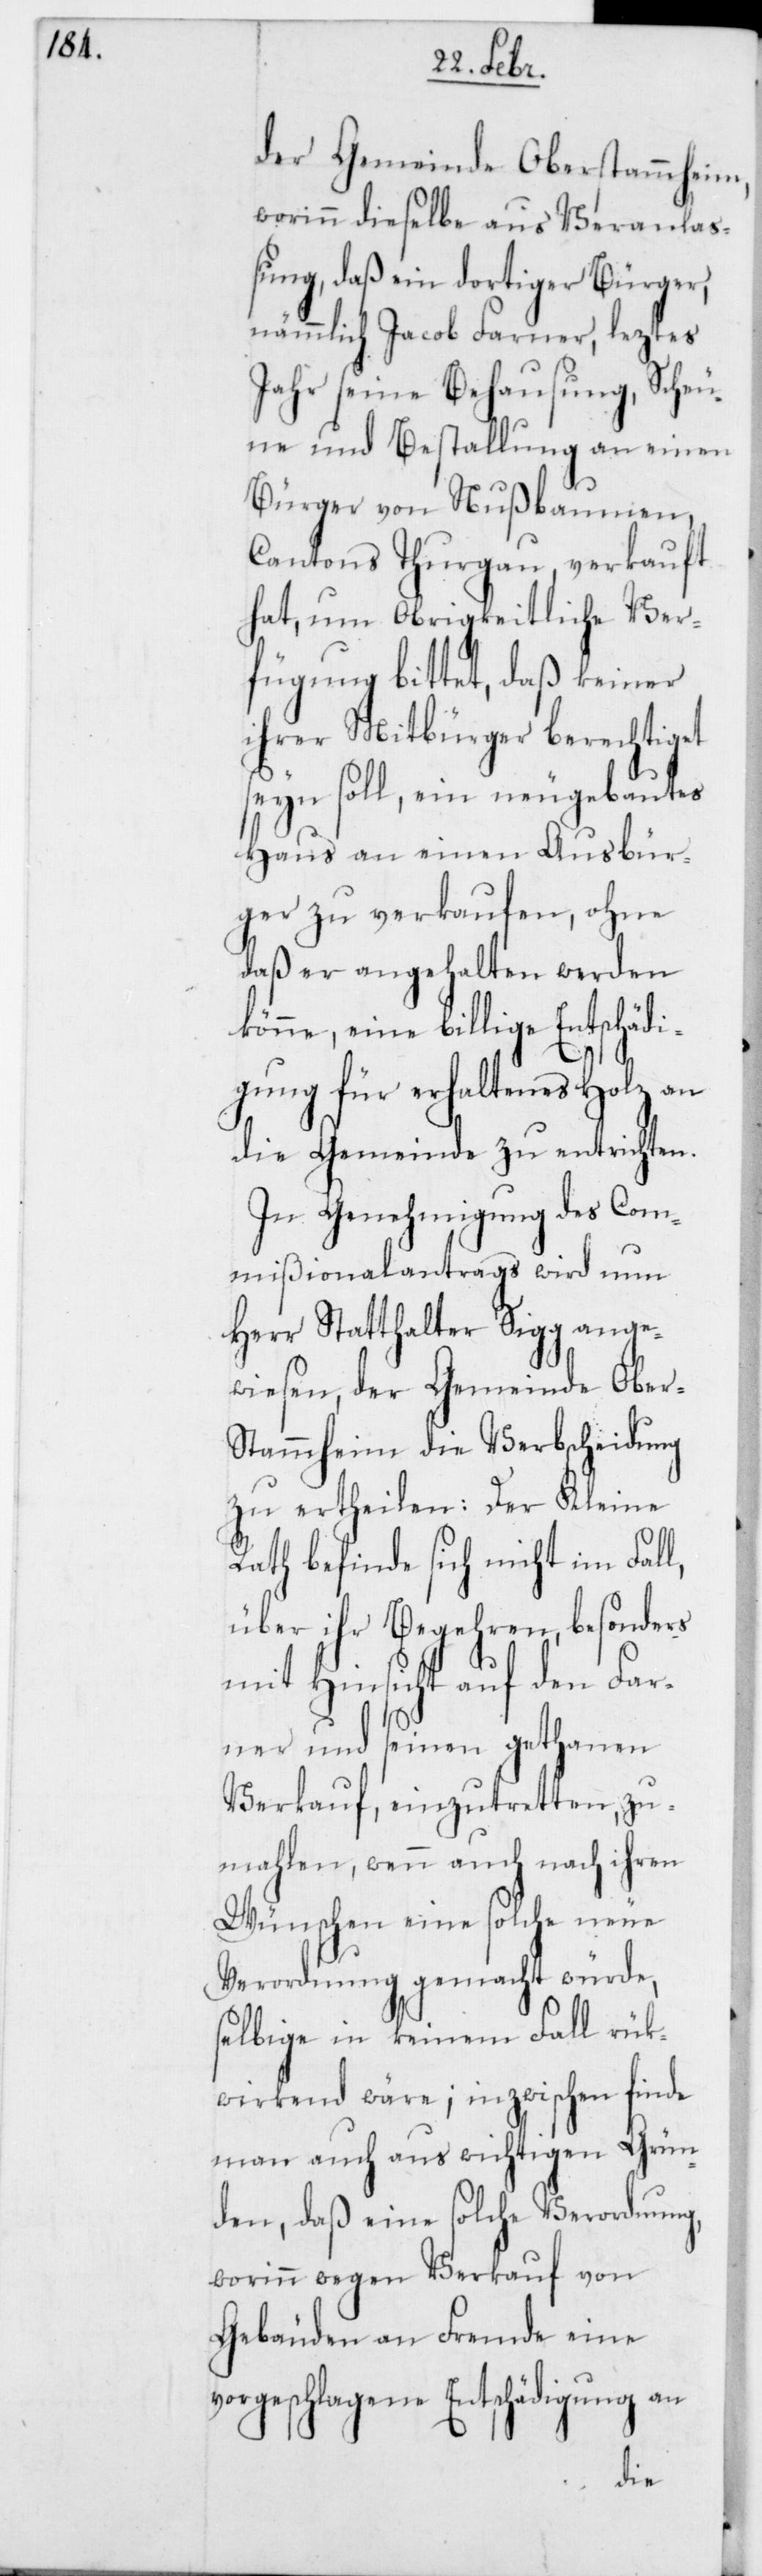
der Gemeinde Oberstammheim,
worinn dieselbe aus Veranla¬
ßung, daß ein dortiger Bürger,
nämmlich Jacob Farner, leztes
Jahr seine Behausung, Scheu¬
ne und Bestallung an einen
Bürger von Nußbaumen,
Cantons Thurgau, verkauft
hat, um Obrigkeitliche Ver¬
fügung bittet, daß keiner
ihrer Mitbürger berechtiget
seyn soll, ein neugebautes
Haus an einen Ausbür¬
ger zu verkaufen, ohne
daß er angehalten werden
könne, eine billige Entschädi¬
gung für erhaltenes Holz an
die Gemeinde zu entrichten.
In Genehmigung des Com¬
mißionalantrags wird nun
Herr Statthalter Sigg ange¬
wiesen, der Gemeinde Ober¬
stammheim die Verbscheidung
zu ertheilen: Der Kleine
Rath befinde sich nicht im Fall,
über ihr Begehren, besonders
mit Hinsicht auf den Far¬
ner und seinen gethanen
Verkauf einzutretten, zu¬
mahlen wenn auch nach ihren
Wünschen eine solche neue
Verordnung gemacht würde,
selbige in keinem Fall rük¬
wirkend wäre; inzwischen finde
man auch aus wichtigen Grün¬
den, daß eine solche Verordnung,
worinn wegen Verkauf von
Gebäuden an Fremde eine
vorgeschlagene Entschädigung an